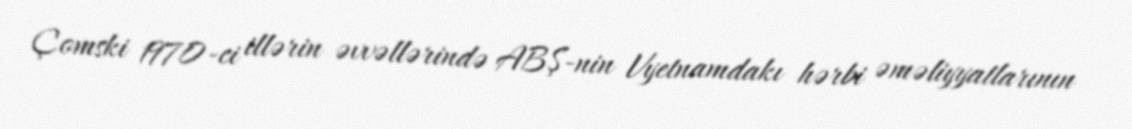
Çomski 1970-ci illərin əvvəllərində ABŞ-nin Vyetnamdakı hərbi əməliyyatlarının